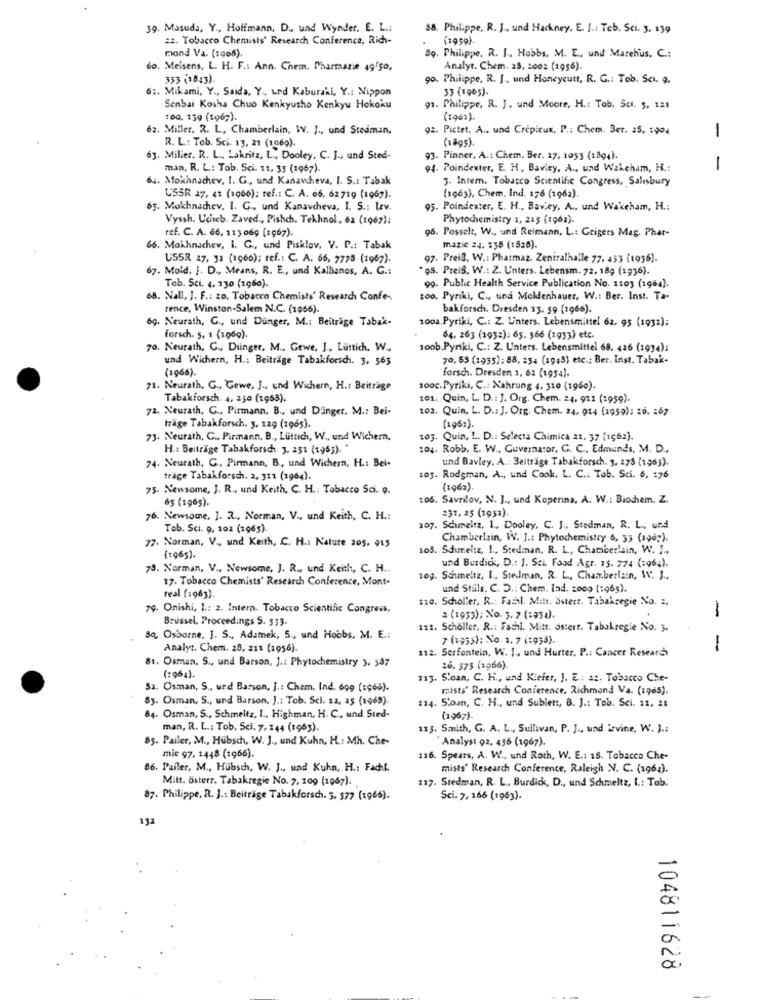
59. Masuda, Y ., Hoffmann, D ., und Wynder. E. L .:
38. Philippe, R. J ., und Hackney. E. I .: Teb. Sci. 3, 139
#2. Tobacco Chemists' Research Conference, Rich-
(1959)
mond Va. (:068).
So. Philippe, R. J ., Hobbs, M. E ., und Marehus. C .:
60. Melsens, L. H. F .: Ann. Chem. Pharmazie 49150,
Analyt. Chem. 28, so02 (1956).
353 (1843).
90. Philippe, R. J ., und Honeycutt, R. G .: Tob. Scı. g.
6 :. Mikami, Y ., Saida, Y ., und Kaburaki, Y .: Nippon
33 (1965).
Senbai Kosha Chuo Kenkyusho Kenkyu Hokoku
91. Philippe, R. J. und Moore, H .: Tab. Sci. 5, 121
100, 159 (1967).
(1961).
62. Miller. R. L ., Chamberlain, WV. J ., und Stedman,
Q2. Pictet. A ., und Crepieux, P .: Chem. Ber. 25, 1994
-
(1895).
R. L: Tob. Sci. 11, 21 (1069).
63. Miller. R. L ., Lakritz, L ., Dooley, C. J ., und Sted-
93. Pinner, A .: Chem. Ber. 27, 1053 (1894).
man, R. L .: Tob. Sci. 11, 35 (1967).
94. Poindexter, E. H. Bavity, A ., und Wakcham, H .:
-
64. Mokhnachev, I. G ., und Kanawcheva, I. S .: Tabak
3. Intern. Tobacco Scientific Congress, Salisbury
USSR 27, 41 (1966); ref .: C. A. 66, 62719 (1967).
(1963), Chem. Ind. 176 (1962).
65. Mokhnachev. I. G ., und Kanavcheva, I. S .: Izv.
95. Poindexter, E. H ., Bav.ey. A ., und Wakcham, H .:
Vyssh. Ucheb. Zaved ., Pishch. Tekhnol, 62 (1967):
Phytochemistry 1, 215 (1962).
ref. C. A. 66, 113 069 [1967).
96. Posselt, W ., und Reimann, L .: Geigers Mag. Phar-
66. Mokhnachev, i. G ., und Pisklov, V. P .: Tabak
mazie 24. 138 (1828).
USSR 27. 33 (1966); ref .: C. A. 66, 7775 (1967).
97. Preil, W .: Pharmaz. Zentralhalle 77, 453 (1936).
67. Mold. J. D ., Means, R. E ., und Kallianos, A. G .:
95. Preis, W .: Z. Unters. Lebensm. 72, 189 (1936).
Tob. Sci. 4. 130 (1960).
99. Public Health Service Publication No. 1103 (1964).
68. Nall, J. F .: zo. Tobacco Chemists' Research Confe -.
100. Pyriki, C ., und Moldenhauer, W .: Ber. Inst. Ta-
rence, Winston-Salem N.C. (1966).
bakforsch. Dresden 13. 59 (1966).
69. Neurath, G ., und Dunger, M .: Beiträge Tabak-
100a. Pyriki, C .: Z. Unters. Lebensmittel 62, 95 (1931);
forsch. 5. 1 (1969).
64. 263 (1932): 65. 566 (1933) etc.
70. Neurath, C ., Duinger, M ., Gewe, J ., Lüttich. W .,
200b.Pyriki, C .: Z. Unters. Lebensmittel 68. 426 (1934):
und Wichern, H .: Beiträge Tabakforsch. 3, 563
70,83 (1935): 88, 254 (1948) etc .; Ber. Inst. Tabak-
(1966).
forsch. Dresden 1, 62 (1954).
71. Neurath, G ., Gewe, J ., und Wichern, H .: Beiträge
100c. Pyriki, C .: Nahrung 4, 310 (1960).
Tabakforsch. 4. 250 (1963).
101. Quin, L. D .: J. Org. Chem. 24. 911 (1959).
72. Neurath, G ., Pirmann, B ., und D'inger. M .: Bei-
102. Quin, L. D .: J. Org. Chem. 24, 914 (1959); 26, : 67
trage Tabakforsch. 3. 129 (1965).
73. Neurath, C ., Pirmann, B ., Lüttich, W ., und Wichern,
105. Quin, L. D .: Selecta Chimica 21, 37 (1962).
H .: Beiträge Tabakforsch. J. 25: (1963). "
:04. Robb. E. W ., Guvernator, C. C ., Edmunds, M. D .,
und Bavley. A .: Beiträge Tabakforsch. 3. 275 (1965).
74. Neurath, G ., Pirmann, B ., und Wichern, H .: Bei-
trage Tabakforsch. 2, 311 (1964).
105. Rodsman, A ., und Cook. L. C .: Tob. Sci. 6, 176
75. Newsome, J. R ., und Keith, C. H .: Tobacco Sci. 9.
(1963).
65 (1965).
106. Savrilov, N. J ., und Koperina, A. W .: Biodem. Z.
231, 25 (1951).
76. Newsome, J. R ., Norman, V ., und Keith, C. H .:
Teb. Sci. 9. 102 (1965).
107. Schmeltz, 1 ., Dooley, C. J ., Stedman, R. L ., und
77. Norman, V ., und Keith, C. H .: Nature 205. 915
Chamberlain, W. J .: Phytochemistry 6, 33 (196;).
105. Schmeltz, 1 ., Stedman. R. L ., Chamberlain, W. I .,
(1965).
73. Norman, V ., Newsome, J. R ., und Keith, C. H ..
und Burdick, D .: J. Sti Food Agr. 35. 77% (196;).
17. Tobacco Chemists' Research Conference, Mont-
109. Schmeltz, I ., Stedman, R. L ., Chamberlain, W. J .,
und Stills, C. D .: Chem. lad. 2000 (:965).
real (1963).
110. Scholler. R .: Facil. Mitt. Sstert. Tabakregie No. :,
79. Onishi, 1 .: 2. Intern. Tobacco Scientific Congress,
-
Brussel, Proceedings 5. 533.
2 (1933); No. 3. 7 (:934).
122. Scholler, R .: Fachl. Mitt. Österr. Tabakregie No. 3.
-
Sq, Osborne, J. S ., Adamek, 5 ., und Hobbs, M. E .:
7 (1953): No. 1. 7 (1953).
Analyt. Chem. 28, 211 (2956).
112. Serfontein, W. 1 ., und Hurter. P .: Cancer Researchs
81. Osman, S ., und Barson, J .: Phytochemistry 3, 547
26. 575 (1966).
(1964).
115. Sloan, C. H ., und Kiefer, J. E .: a2. Tobacco Che-
32. Osman, S ., und Barson, j .: Chem. Ind. 699 (=966).
mists' Research Conference, Richmond Va. (196s).
83. Osman, S ., und Barson, J .: Tob. Sci. 12, a5 (1965).
114. 5.oun, C. H ., und Sublets, B. J .: Too. Sci. 11. 21
84. Osman, S ., Schmeltz, I ., Highman, H. C ., und Sted-
(1967).
man, R. L .: Tob. Sci. 7. 144 (1963).
115. Smith, G. A. L ., Sullivan, P. J ., und irvine, W. J .:
85. Pailer, M ., Hubsch, W. J ., und Kuhn, H .: Mh. Che-
' Analyst 92. 456 (1967).
mie 97. 1448 (1966).
116. Spears, A. W ., und Roth, W. E .: 15. Tobacco Che-
86. Pailer, M ., Hubsch, W. J ., und Kuhn, H .: Facht.
mists' Research Conference, Raleigh N. C. (196;).
Mitt. Österr. Tabakregie No. 7. 109 (1967).
117. Stedman, R. L ., Burdick, D ., und Schmeltz, I .: Tob.
87. Philippe, R. J .: Beiträge Tabakforsch. 5. 577 (1966).
Sci. 7, 166 (1953).
132
104811628